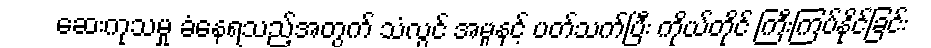
ဆေးကုသမှု ခံနေရသည့်အတွက် သံလွင် အမှုနှင့် ပတ်သက်ပြီး ကိုယ်တိုင် ကြီးကြပ်နိုင်ခြင်း